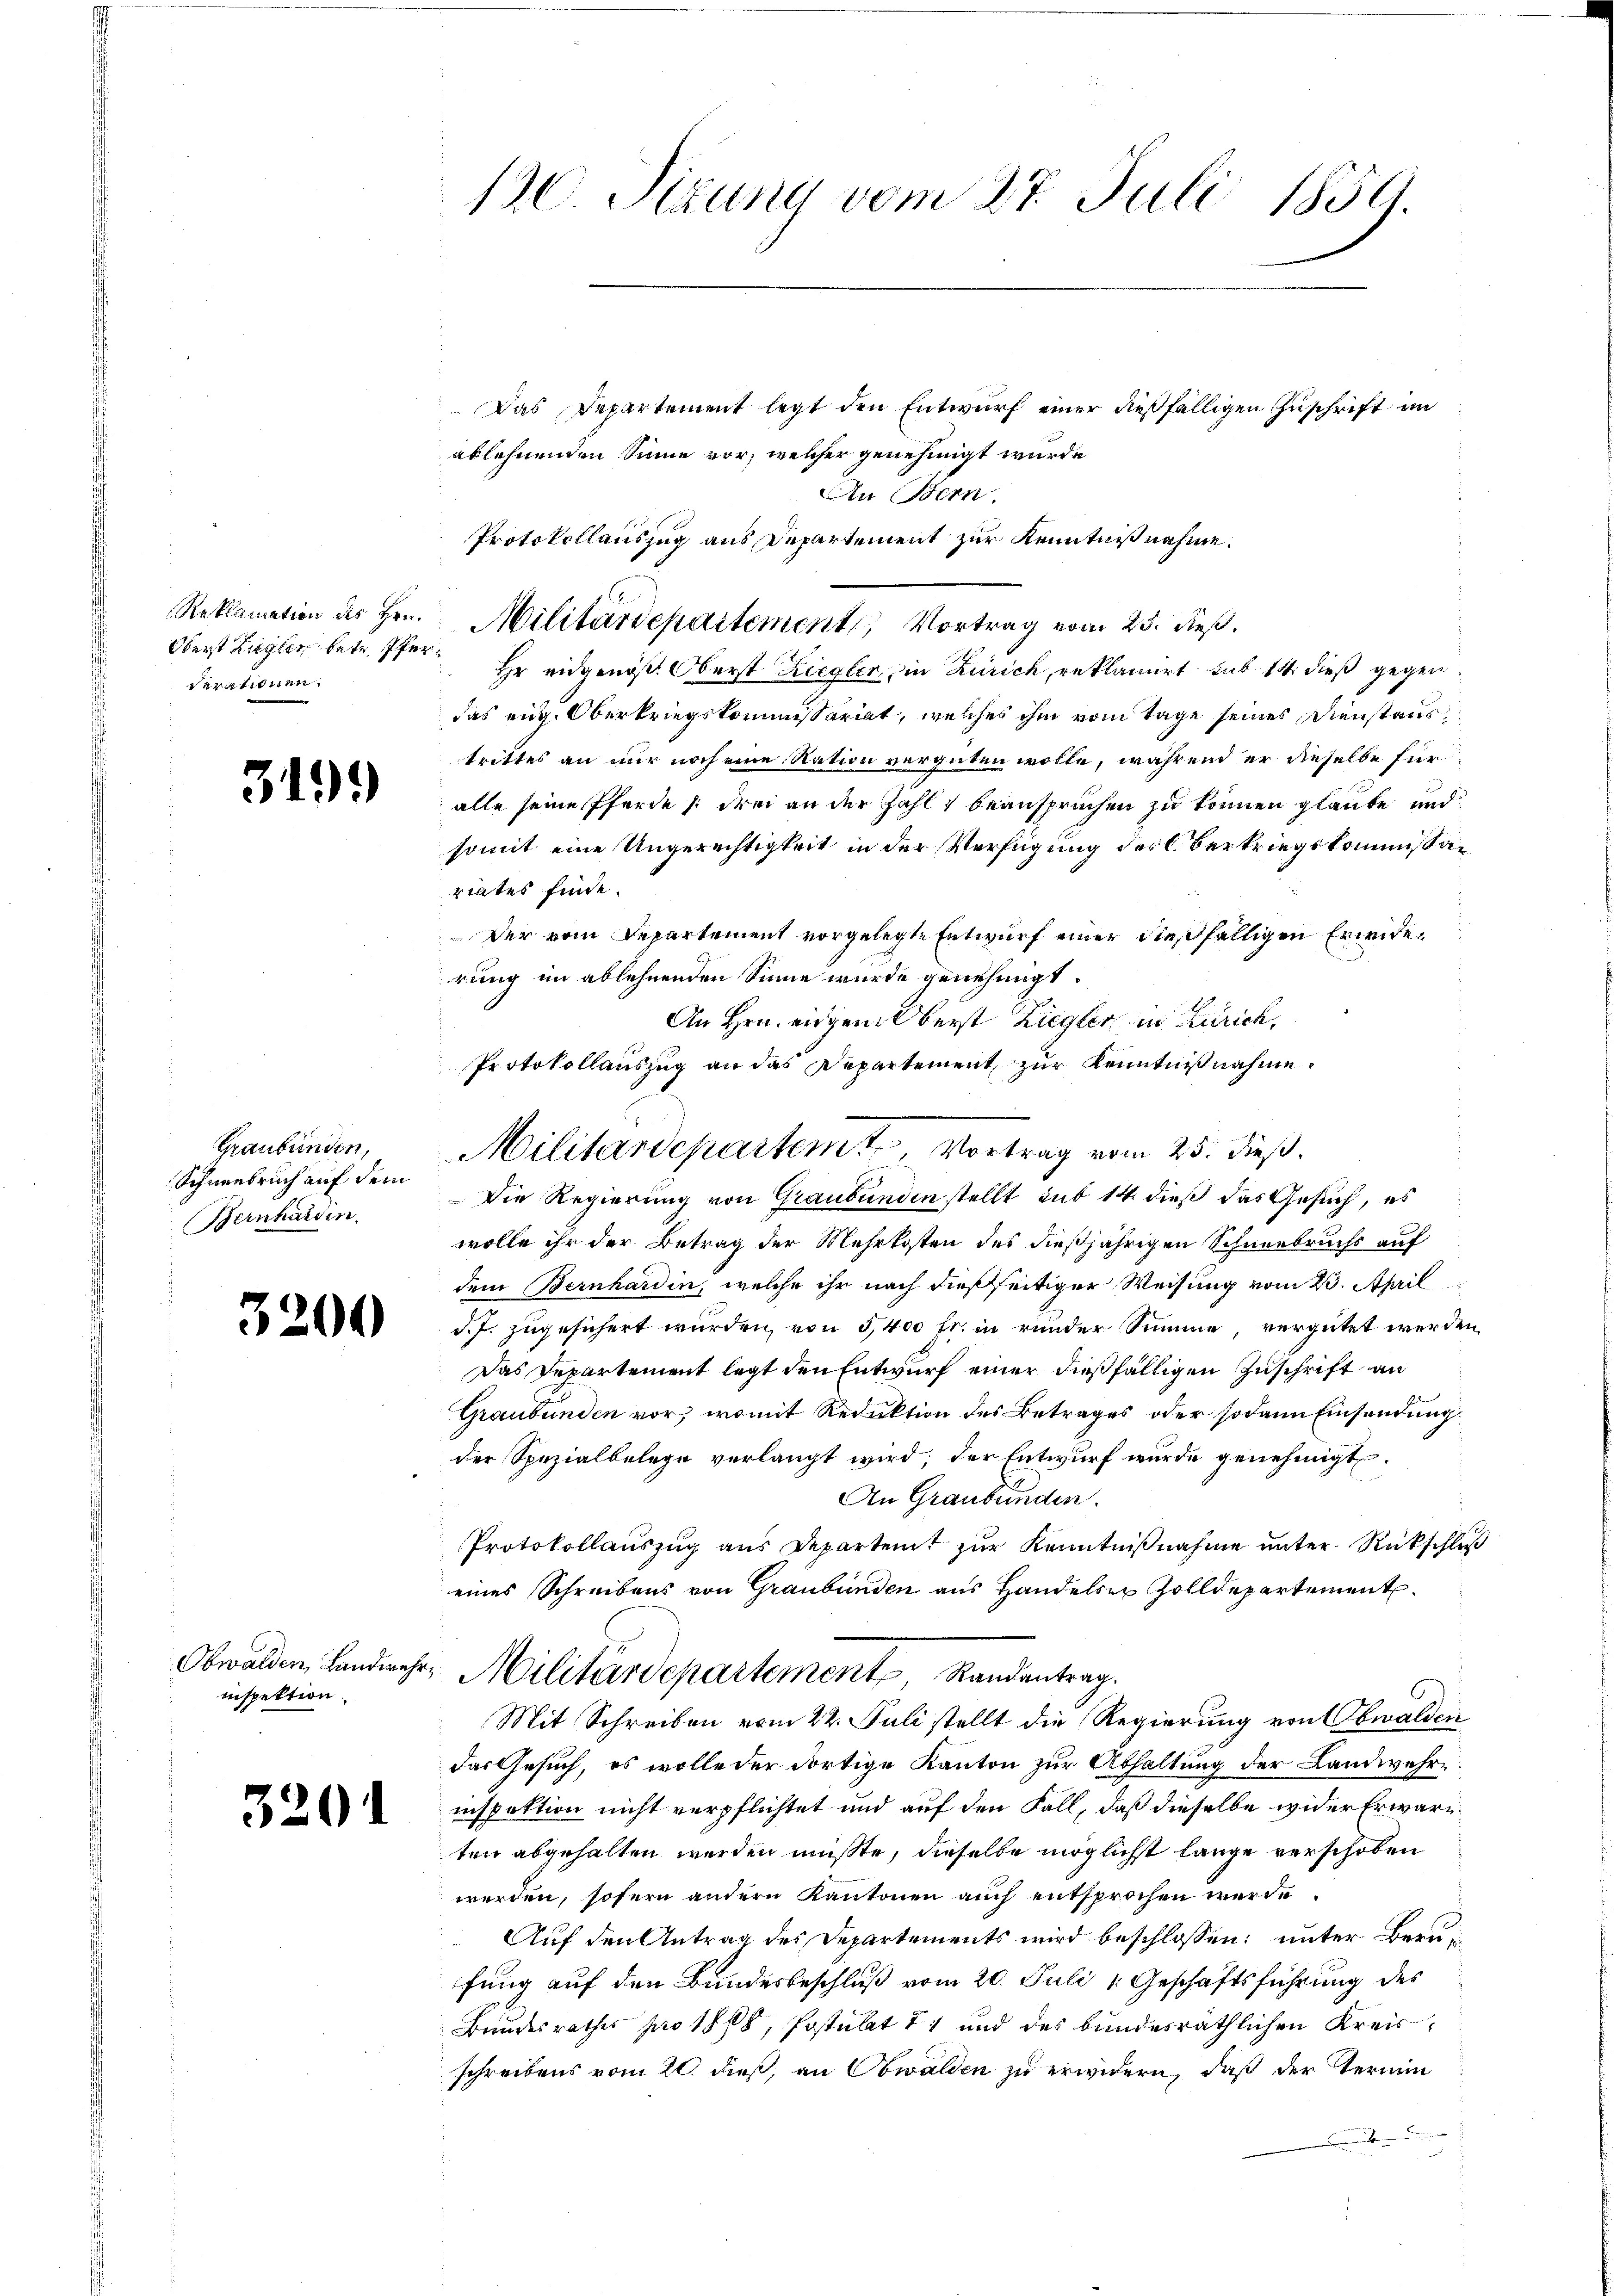
Reklamation des Hrn.
Oberst Zugler betr. Pferartinen

32.

51)

Graubünden,
Schneebruch auf der
Bernharden.

)

Obwalden, Landwehr
inspektion.

3201

120 Sizung vom 27. Juli 1859.

Das Departement legt den Entwurf einer dießfälligen Zuschrift im
ablehnenden Sinne vor, welcher genehmigt wurde
An Bern.
Protokollauszug aus Departement zur Kenntnißnahme.
Hr eidgenöß. Oberst Ziegler, in Zürich, reklamirt sub 14. dieß gegen
das eige Oberkriegskommissariat, welches ihm vom Tage seines Dienstaus
trittes an nur noch eine Ration vergüten wolle, während er dieselbe für
alle seine Pferde (drei an der Zahl beansprüchen zu können glaube und
somit eine Ungerechtigkeit in der Verfügung des Oberkriegskommißariates finde.
Der vom Departement vorgelegte Entwurf einer dießfälligen Erwiderung im ablehnenden Sinne wurde genehmigt.
An Hrn. eigem Oberst Ziegler in Zürich,
Protokollauszug an das Departement, zur Kenntnißnahme.
Die Regierung von Graubünden stellt sub 14 dieß das Gesuch, es
wolle ihr der Betrag der Mehrkosten des dießjährigen Schneebruchs auf
dem Bernhardin, welche ihr nach dießseitiger Weisung vom 23. April
d.J. zugesichert wurden, von 5,400 fr. in runder Summe, vergütet werden,
Das Departement legt den Entwurf einer dießfälligen Zuschrift an
Graubünden vor, womit Reduktion des Betrages oder sodann Einsendung
der Spezialbelege verlangt wird; der Entwurf wurde genehmigt.
An Graubünden.
Protokollauszug aus Departent zur Kenntnißnahme unter Rückschluß
eines Schreibens von Graubünden aus Handelser Zolldepartement
Militärdepartement Randantrag.
Mit Schreiben vom 22. Juli stellt die Regierung von Obwalden
das Gesuch, es wolle der dortige Kanton zur Abhaltung der Landwehrinspektion nicht verpflichtet und auf den Fall, daß dieselbe wider Er wäre
ten abgehalten werden müßte, dieselbe möglichst lange verschoben
werden, sofern andern Kantonen auch entsprochen werde.
Auf den Antrag des Departements wird beschlossen: unter Berufung auf den Bundesbeschluß vom 20. Juli Geschäftsführung des
Bundesrathes pro 1808, Postubet 11 und des bundesräthlichen Kreisschreibens vom 20. dieß, an Obwalden zu erwidern, daß der Termin

Militärdepartement, Vortrag vom 25. dieß.

Militärdepartem Vortrag vom 25. dieß.